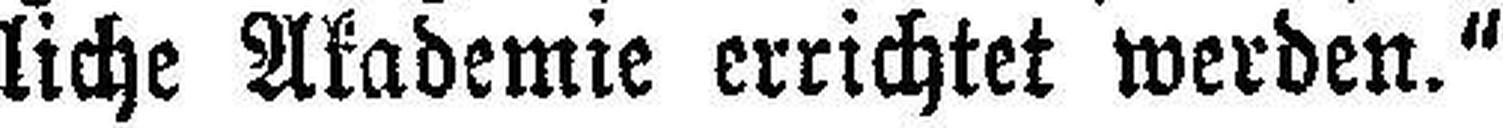
liche Akademie errichtet werden."